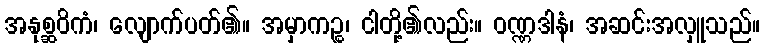
အနုစ္ဆဝိကံ၊ လျောက်ပတ်၏။ အမှာကဉ္စ၊ ငါတို့၏လည်း။ ဝဏ္ဏဒါနံ၊ အဆင်းအလှူသည်။